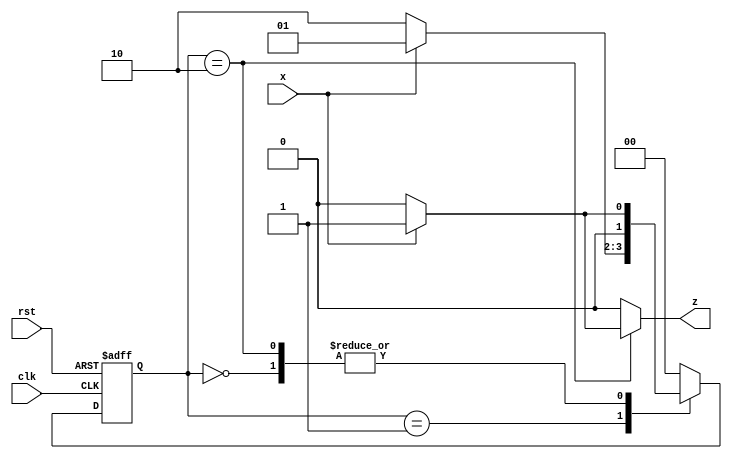
module mealy_seq_detect (input x, 
                         input clk, 
                         input rst,  
                         output reg z);

//States are binary encoded 
parameter s0 = 2'b00, s1 = 2'b01, s2 = 2'b10;

  reg[1:0] current_state, next_state;   //state reg
  

    // Sequential logic
    always @(posedge clk or negedge rst)
    begin
      if(!rst)
         current_state <= s0;   // non- blocking procedural assignment
         else
         current_state <= next_state;
    end

    // Combinational Next state logic
   always@(*)
    begin
   
      case (current_state)
      s0 : begin
            z = 0;  // When s0 state occure or when rst occur z = 0
            if (x == 1)
                next_state = s1;  // blocking procedural assignment
                else
                next_state = s0;
            end
      s1 : begin
            z = 0;
            if (x == 1)
                next_state = s1;
                else
                next_state = s2;
            end
      s2 : begin
            if (x == 1)
            begin
                z = 1;  // when state s2 gets 2nd required one from sequence.
                next_state = s1;
            end    
                else
            begin
                z = 0;     
                next_state = s0;
            end      
            end
        default: begin 
        next_state = s0;  // default goes to s0 state
        z = 0; // default z = 0;
        end         
      endcase  // current state
    end    
endmodule